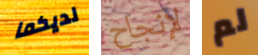
لديكما لإنجاح لم